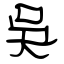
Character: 吳